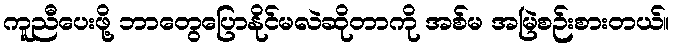
ကူညီပေးဖို့ ဘာတွေပြောနိုင်မလဲဆိုတာကို အစ်မ အမြဲစဉ်းစားတယ်။